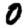
Digit: 0